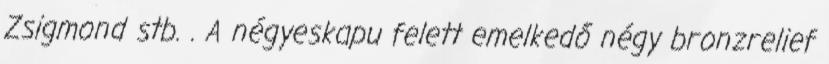
Zsigmond stb. . A négyeskapu felett emelkedő négy bronzrelief